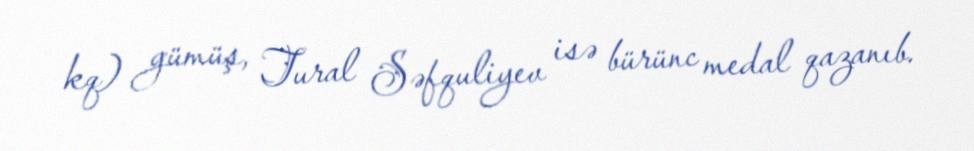
kq) gümüş, Tural Səfquliyev isə bürünc medal qazanıb.